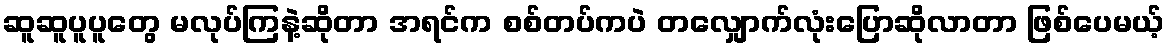
ဆူဆူပူပူတွေ မလုပ်ကြနဲ့ဆိုတာ အရင်က စစ်တပ်ကပဲ တလျှောက်လုံးပြောဆိုလာတာ ဖြစ်ပေမယ့်